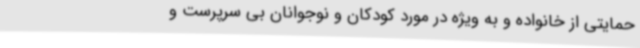
حمایتی از خانواده و به ویژه در مورد کودکان و نوجوانان بی سرپرست و